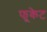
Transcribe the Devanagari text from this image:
फूकेट